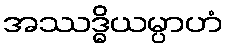
အဿဒ္ဓိယမ္ပာဟံ